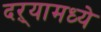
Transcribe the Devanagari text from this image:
दऱ्यामध्ये